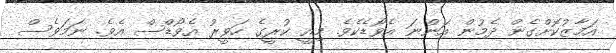
އަމާޒުކޮށްގެން ދެމުން އަންނަ އެވޯޑެކެވެ. މިއީ ކުރީގެ ހަވީރު އެވޯޑްސް އެވެ. ނަމަވެސް